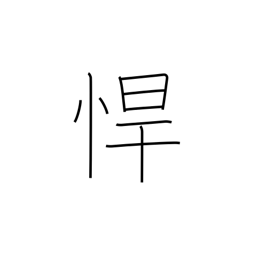
Meaning: rough